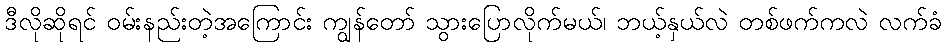
ဒီလိုဆိုရင် ဝမ်းနည်းတဲ့အကြောင်း ကျွန်တော် သွားပြောလိုက်မယ်၊ ဘယ့်နှယ်လဲ တစ်ဖက်ကလဲ လက်ခံ